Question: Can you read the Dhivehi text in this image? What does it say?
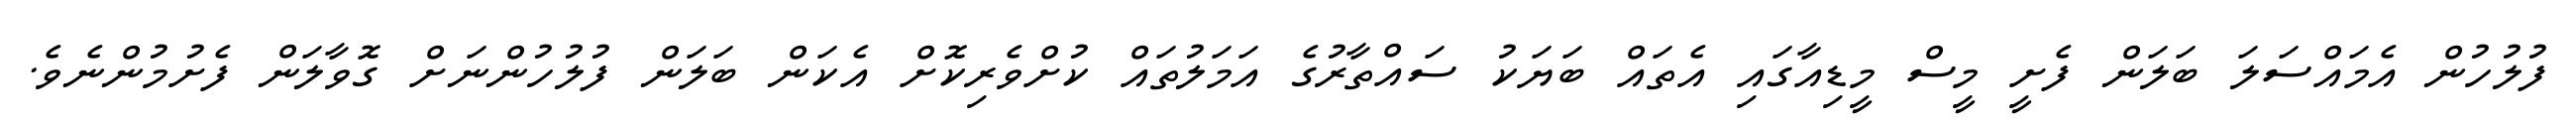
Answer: ފުލުހުން އެމައްސަލަ ބަލަން ފެށީ މީސް މީޑިއާގައި އެތައް ބަޔަކު ސައްތާރުގެ އަމަލުތައް ކުށްވެރިކޮށް އެކަން ބަލަން ފުލުހުންނަށް ގޮވާލަން ފެށުމުންނެވެ.